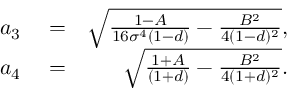
\begin{array} { r l r } { a _ { 3 } } & { { } = } & { \sqrt { \frac { 1 - A } { 1 6 \sigma ^ { 4 } ( 1 - d ) } - \frac { B ^ { 2 } } { 4 ( 1 - d ) ^ { 2 } } } , } \\ { a _ { 4 } } & { { } = } & { \sqrt { \frac { 1 + A } { ( 1 + d ) } - \frac { B ^ { 2 } } { 4 ( 1 + d ) ^ { 2 } } } . } \end{array}